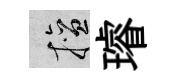
擅璿